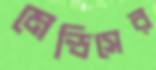
মেন্ডিসের